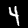
Digit: 4